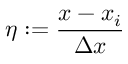
\eta : = \frac { x - x _ { i } } { \Delta x }